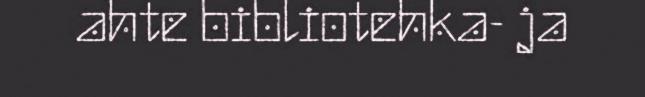
ahte bibliotehka- ja